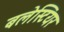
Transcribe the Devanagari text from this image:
बलेस्टियर